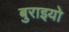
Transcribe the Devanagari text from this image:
बुराइयो